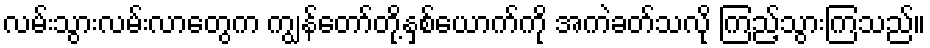
လမ်းသွားလမ်းလာတွေက ကျွန်တော်တို့နှစ်ယောက်ကို အကဲခတ်သလို ကြည့်သွားကြသည်။